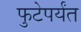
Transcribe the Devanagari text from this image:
फुटेपर्यंत